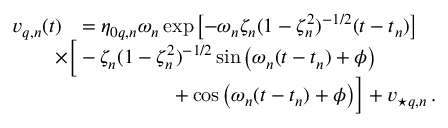
\begin{array} { r l } { v _ { q , n } ( t ) } & { = \eta _ { 0 q , n } \omega _ { n } \exp \! \; \! \left[ { - \omega _ { n } \zeta _ { n } ( 1 - \zeta _ { n } ^ { 2 } ) ^ { - 1 / 2 } ( t - t _ { n } ) } \right] } \\ & { \! \! \! \! \! \! \! \! \times \Big [ - \zeta _ { n } ( 1 - \zeta _ { n } ^ { 2 } ) ^ { - 1 / 2 } \sin \! \; \! \big ( \omega _ { n } ( t - t _ { n } ) + \phi \big ) } \\ & { \! \! \! \! \! \! \! \! \quad \quad \quad \quad \quad \quad + \cos \! \; \! \big ( \omega _ { n } ( t - t _ { n } ) + \phi \big ) \Big ] + v _ { \star q , n } \, . } \end{array}